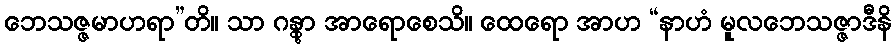
ဘေသဇ္ဇမာဟရာ”တိ။ သာ ဂန္တွာ အာရောစေသိ။ ထေရော အာဟ “နာဟံ မူလဘေသဇ္ဇာဒီနိ